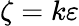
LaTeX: \zeta=k\varepsilon